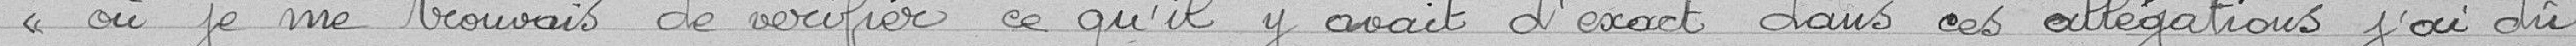
où je me trouvais de vérifier ce qu'il y avait d'exact dans ces allégations, j'ai dû